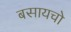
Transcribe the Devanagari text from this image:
बसायचो